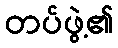
တပ်ဖွဲ့၏